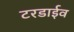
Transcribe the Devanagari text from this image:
टरडाईव